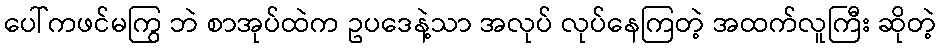
ပေါ်ကဖင်မကြွ ဘဲ စာအုပ်ထဲက ဥပဒေနဲ့သာ အလုပ် လုပ်နေကြတဲ့ အထက်လူကြီး ဆိုတဲ့